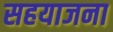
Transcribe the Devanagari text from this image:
सहयाजना